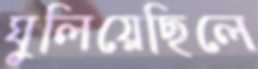
ঘুলিয়েছিলে